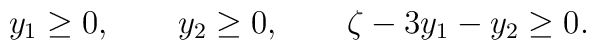
y_1\geq 0,\qquad y_2\geq 0, \qquad\zeta-3y_1-y_2\geq 0.